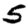
Digit: 5